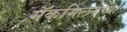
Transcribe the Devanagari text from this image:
मॅकमिलनच्या